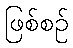
ဖြစ်စဉ်